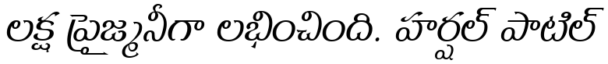
లక్ష ప్రైజ్మనీగా లభించింది. హర్షల్ పాటిల్